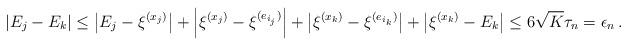
LaTeX: \begin{align*}\left| E_j - E_k \right| \leq \left| E_j - \xi^{(x_j)} \right| + \left| \xi^{(x_j)} - \xi^{(e_{i_j})} \right| + \left| \xi^{(x_k)} - \xi^{(e_{i_k})} \right| + \left| \xi^{(x_k)} - E_k \right| \leq 6 \sqrt K \tau_n = \epsilon_n \, .\end{align*}